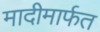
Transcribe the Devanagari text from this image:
मादीमार्फत